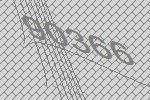
90366